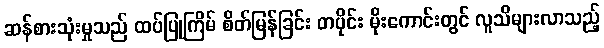
ဆန်စားသုံးမှုသည် ထပ်ပြုကြိမ် စိတ်မြန်ခြင်း တပိုင်း မိုးကောင်းတွင် လူသိများလာသည့်